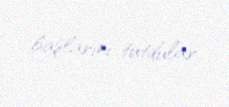
başlarını tutdular.